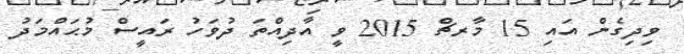
ވިދިގެން އައި 15 މާރޗް 2015 ވީ އާދިއްތަ ދުވަހު ރައީސް މުޙައްމަދު